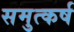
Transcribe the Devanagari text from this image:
समुत्कर्ष